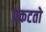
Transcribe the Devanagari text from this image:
प्रकटतो